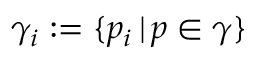
\gamma _ { i } : = \{ p _ { i } \, | \, p \in \gamma \}